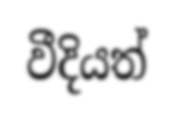
වීදියත්